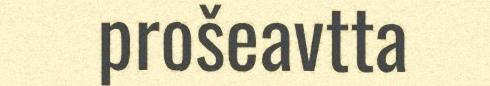
prošeavtta